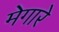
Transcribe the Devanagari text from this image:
मेगारे